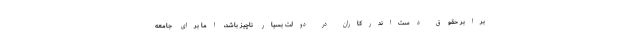
برابر حقوق دست‌اندرکاران در دولت بسیار ناچیز باشد، اما برای جامعه